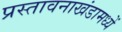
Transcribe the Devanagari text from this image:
प्रस्तावनाखंडामध्यें